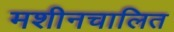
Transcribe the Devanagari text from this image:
मशीनचालित